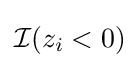
{\mathcal {I}}(z_{i}<0)